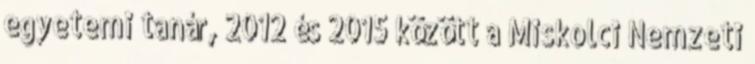
egyetemi tanár, 2012 és 2015 között a Miskolci Nemzeti